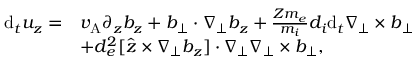
\begin{array} { r l } { \mathrm { d } _ { t } u _ { z } = } & { v _ { \mathrm { A } } \partial _ { z } b _ { z } + \boldsymbol { b } _ { \perp } \cdot \nabla _ { \perp } b _ { z } + \frac { Z m _ { e } } { m _ { i } } d _ { i } \mathrm { d } _ { t } \nabla _ { \perp } \times \boldsymbol { b } _ { \perp } } \\ & { + d _ { e } ^ { 2 } [ \hat { \boldsymbol { z } } \times \nabla _ { \perp } b _ { z } ] \cdot \nabla _ { \perp } \nabla _ { \perp } \times \boldsymbol { b } _ { \perp } , } \end{array}